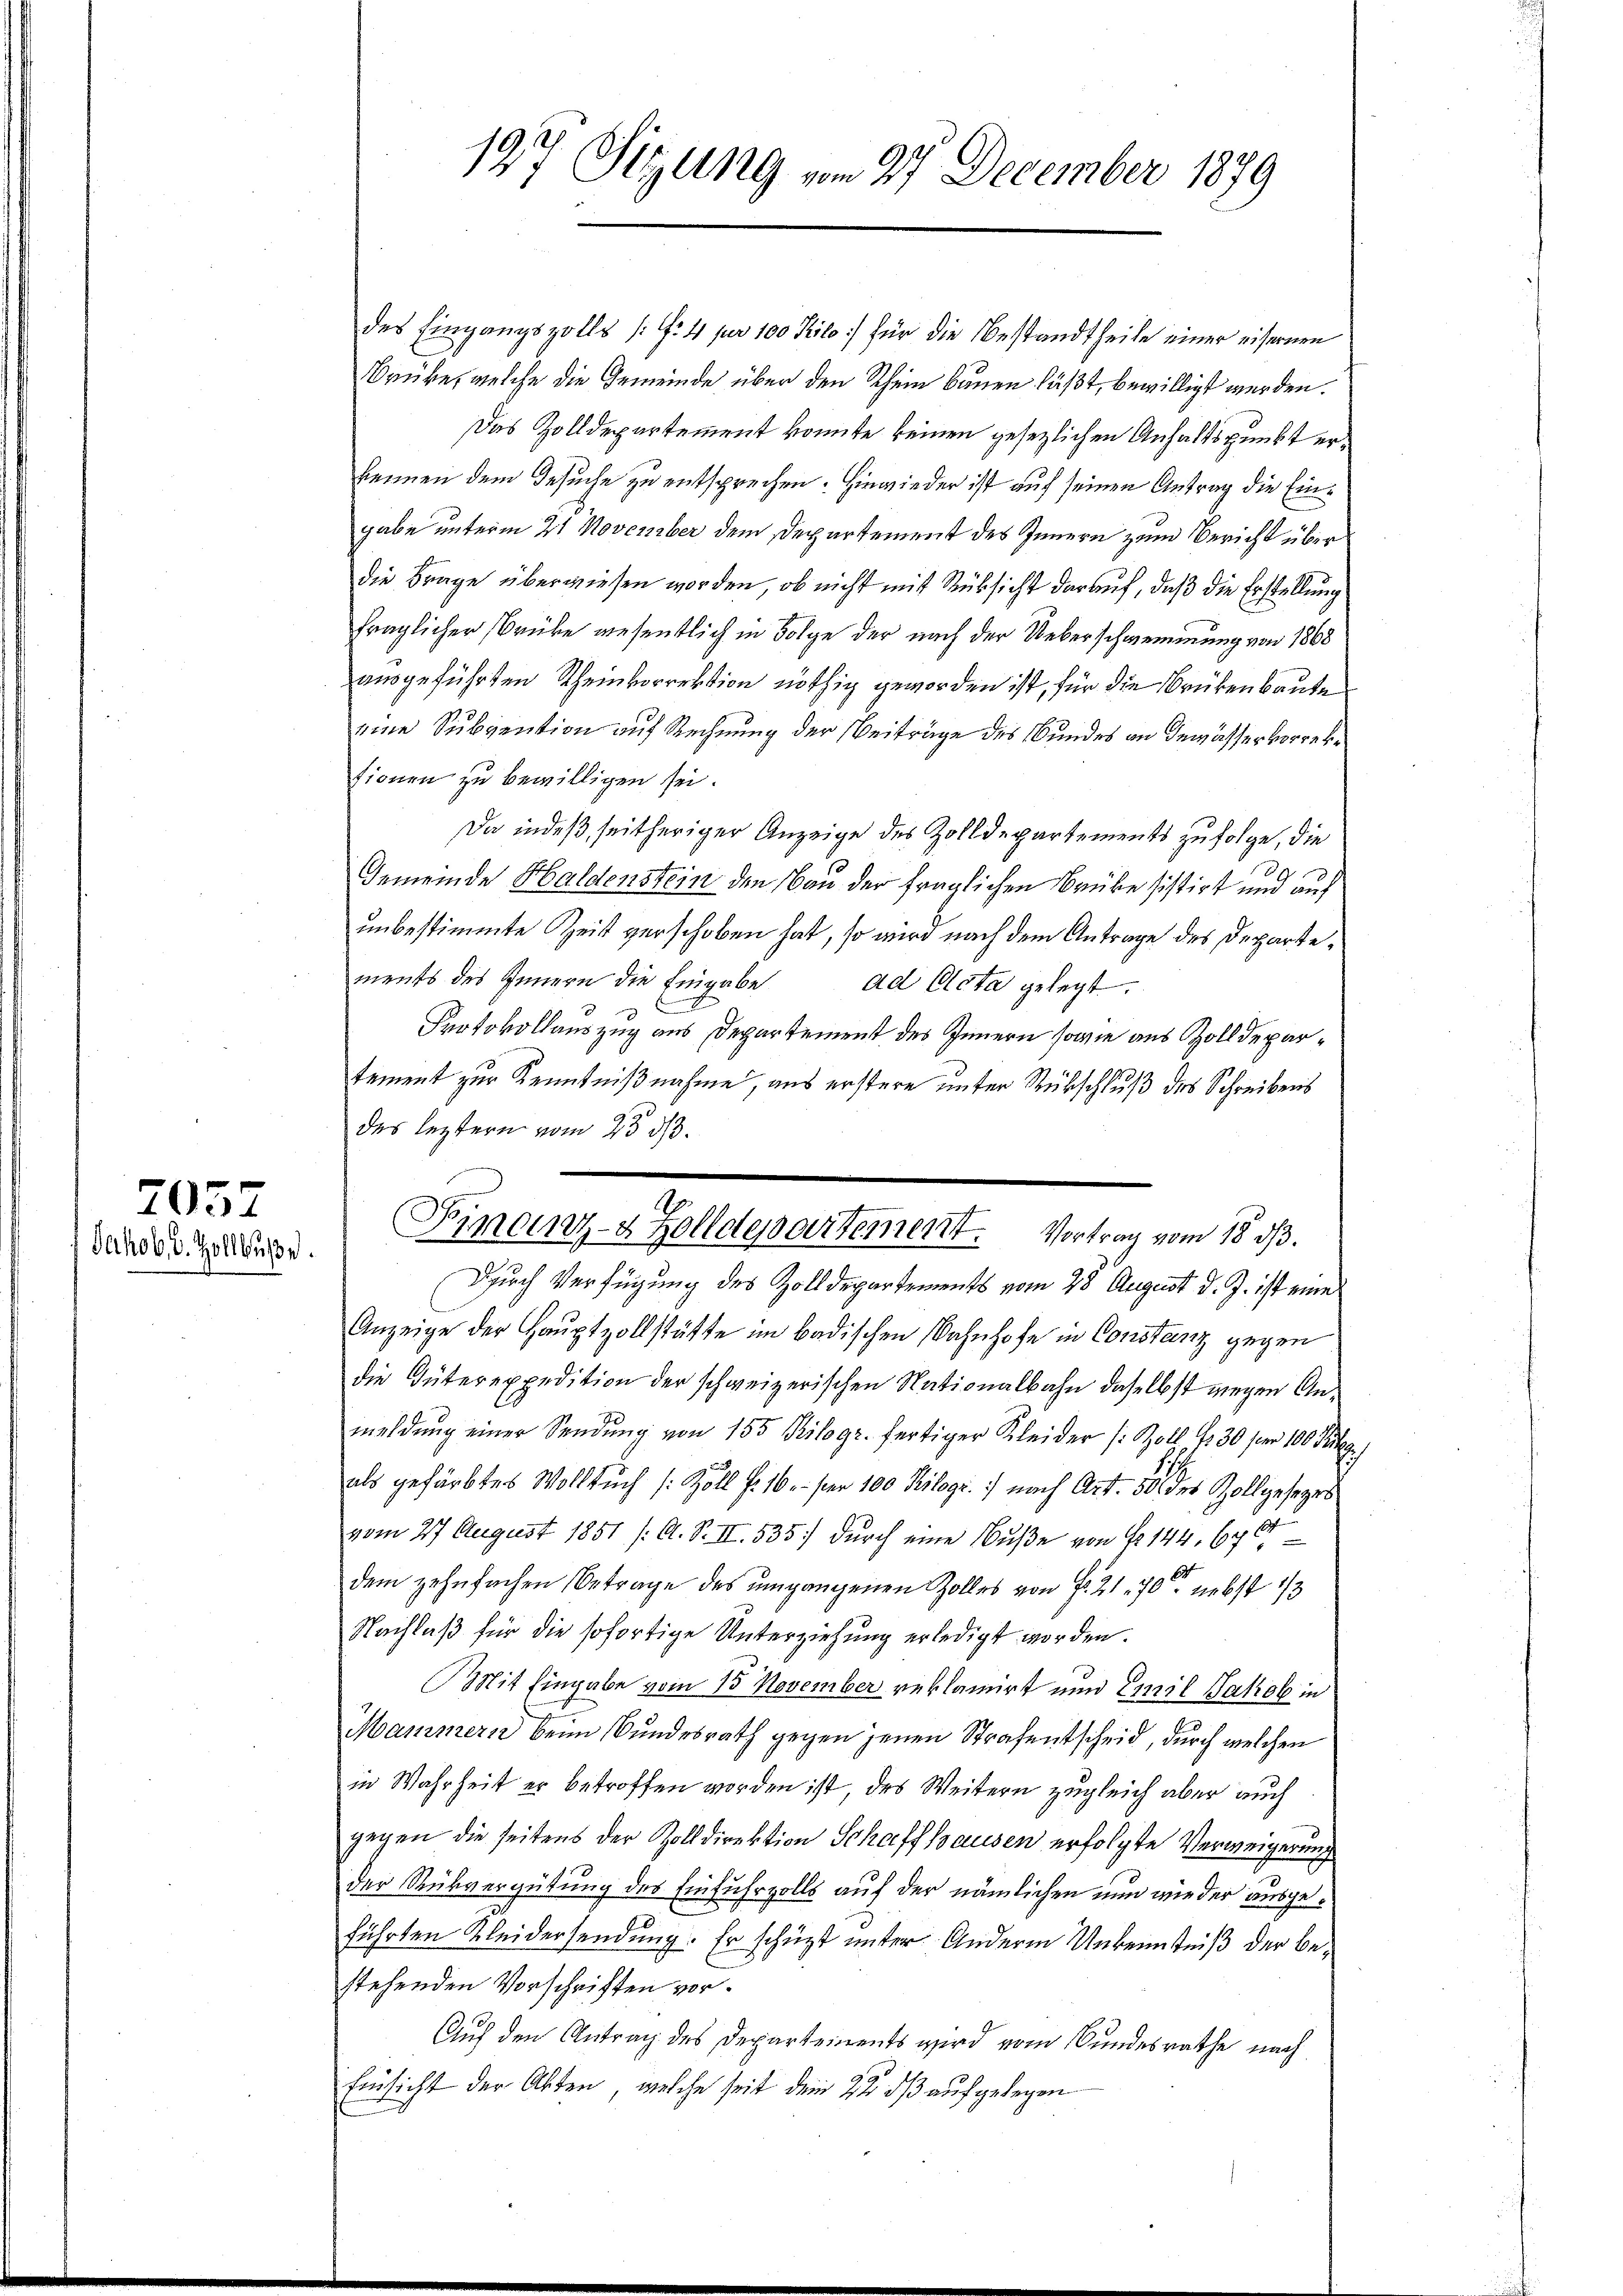
7057
Jahob u. Zollbuche

des Eingangszolls /: 4 pr 100 Kilo] für die Bestandtheile einer eisernen
Brüke, welche die Gemeinde über den Rhein bauen läßt, bewilligt werden.
Das Zolldepartement konnte keinen gesetzlichen Anhaltspunkt erkennen dem Gesuche zu entsprechen. Hinwieder ist auf seinen Antrag die Eingabe unterm 21 November dem Departement des Innern zum Bericht über
die Frage überwiesen worden, ob nicht mit Rüksicht darauf, daß die Erstellung
fraglicher Brüke wesentlich in Folge der nach der Ueberschwemmung von 1868
ausgeführten Rheinkorrektion nöthig geworden ist, für die Brükenbaute
eine Subvention auf Rechnung der Beiträge des Bundes an Gemässervorrektionen zu bewilligen sei.
Da indeß seitheriger Anzeige des Zolldepartements zu folge, die
Gemeinde Haldenstein den Bau der fraglichen Brüke sistirt und auf
unbestimmte Zeit verschoben hat, so wird nach dem Antrage des Departements des Innern die Eingabe ad Acta gelegt.
E
Protokollauszug aus Departement des Innern sowie aus Zolldepartement zur Kenntnißnahme, aus erstere unter Rübschluß des Schreibens
des leztern vom 23. ds.
Durch Verfügung des Zolldepartements vom 28 August d. J. ist eine
Anzeige der Hauptzollstätte im badischen Bahnhofe in Constanz gegen
die Güterexpedition der schweizerischen Nationalbahn daselbst wegen Anmeldŭng einer Sendŭng von 155 Kilogr. fertiger Kleider (: Zoll 430 fr 100 Frk.
als gefärbtes Wollsŭch /: Zoll f. 16. per 100 Kilogr. 7) nach Art. 50 des Zollgesezes
vom 27 August 1851 /: A. S. II. 535 durch eine Buße von No 144. 646
dem zehnfachen Betrage des umgangenen Zolles von Fr. 2170 nebst 1/3
Nachlaß für die sofortige Unterziehung erledigt worden.
Mit Eingabe vom 15 November reklamirt und Emil Jakob in
Mammern beim Bundesrath gegen jenen Strafentscheid, durch welchen
in Wahrheit er betroffen worden ist, des Weitern zugleich aber auch
gegen die seitens der Zolldirektion Schaffhausen erfolgte Verweigerung
der Rückvergütung des Einfuhrzolls auf der nämlichen nun wie der ausgeführten Kleidersendung. Er schützt unter Andern Unkenntniß der Bestehenden Vorschriften vor.
Auf den Antrag des Departements wird vom Bundesrathe nach
Einsicht der Akten, welche seit dem 22. dß aufgelegen

197 Sitzung vom 27 December 1879

Pimeiz- & Zolldepartement. Vortrag vom 18. ds.
e